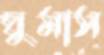
ঘুমাস